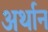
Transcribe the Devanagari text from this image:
अर्थान